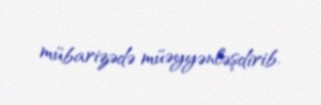
mübarizədə müəyyənləşdirib.